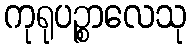
ကုရုပဉ္စာလေသု